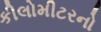
કીલોમીટરનો